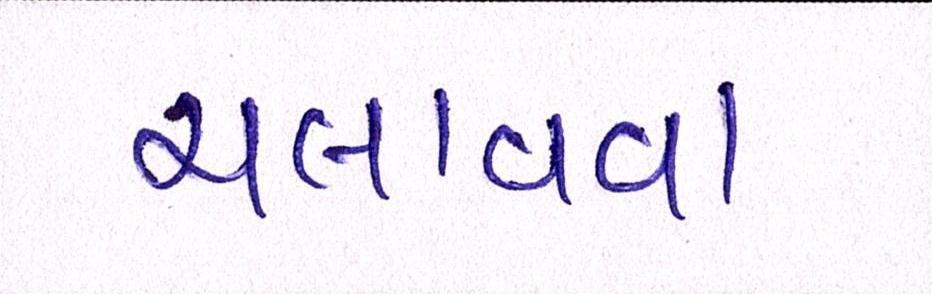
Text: ચલાવવા